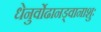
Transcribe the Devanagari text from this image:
धेनुर्वोढानड्वानाशुः